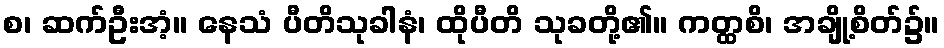
စ၊ ဆက်ဦးအံ့။ နေသံ ပီတိသုခါနံ၊ ထိုပီတိ သုခတို့၏။ ကတ္ထစိ၊ အချို့စိတ်၌။